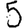
Digit: 5